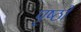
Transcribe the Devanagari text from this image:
पृष्‍ठों